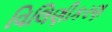
વિલિણીકરણ